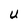
Character: U